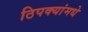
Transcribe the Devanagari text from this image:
ठिपक्यांमधे